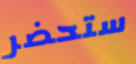
ستحضر